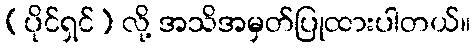
(ပိုင်ရှင်) လို့ အသိအမှတ်ပြုထားပါတယ်။